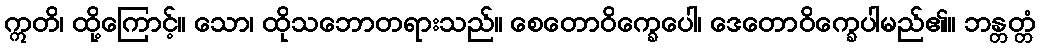
ဣတိ၊ ထို့ကြောင့်။ သော၊ ထိုသဘောတရားသည်။ စေတောဝိက္ခေပေါ၊ ဒေတောဝိက္ခေပါမည်၏။ ဘန္တတ္တံ